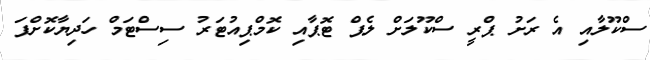
ސްކޫލާއި އެ ރަށު ޕްރީ ސްކޫލަށް ލެޕް ޓޮޕާއި ކޮމްޕިއުޓަރު ސިސްޓަމް ހަދިޔާކޮށްފަ